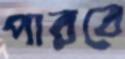
পারবে